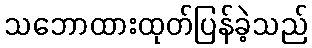
သဘောထားထုတ်ပြန်ခဲ့သည်